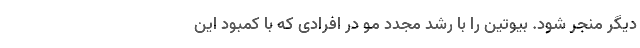
دیگر منجر شود. بیوتین را با رشد مجدد مو در افرادی که با کمبود این